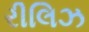
રીલિઝ